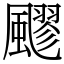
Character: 飂